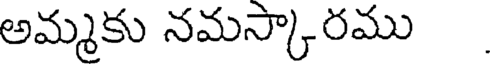
అమ్మకు నమస్కారము